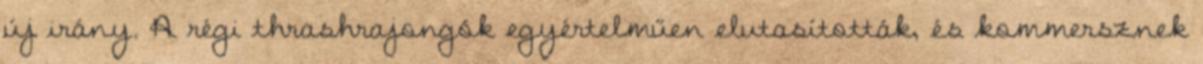
új irány. A régi thrashrajongók egyértelműen elutasították, és kommersznek